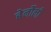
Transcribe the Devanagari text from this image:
बेर्नोली